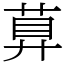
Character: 萛